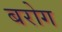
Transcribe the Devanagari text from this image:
बरोग